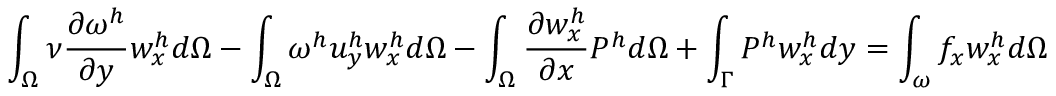
\int _ { \Omega } \nu \frac { \partial \omega ^ { h } } { \partial y } w _ { x } ^ { h } d \Omega - \int _ { \Omega } \omega ^ { h } u _ { y } ^ { h } w _ { x } ^ { h } d \Omega - \int _ { \Omega } \frac { \partial w _ { x } ^ { h } } { \partial x } P ^ { h } d \Omega + \int _ { \Gamma } P ^ { h } w _ { x } ^ { h } d y = \int _ { \omega } f _ { x } w _ { x } ^ { h } d \Omega